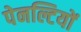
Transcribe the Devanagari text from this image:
पेनल्टियों